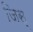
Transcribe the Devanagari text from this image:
जिस्